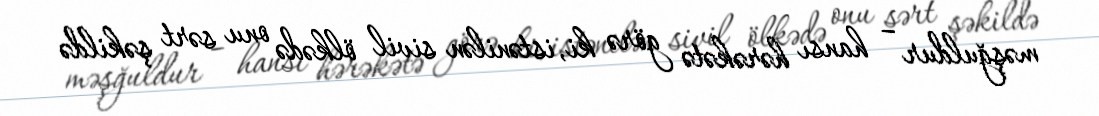
məşğuldur – hansı hərəkətə görə ki, istənilən sivil ölkədə onu sərt şəkildə